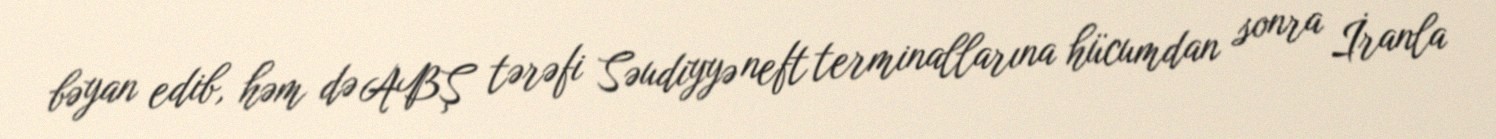
bəyan edib, həm də ABŞ tərəfi Səudiyyə neft terminallarına hücumdan sonra İranla